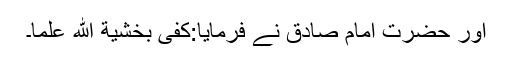
اور حضرت امام صادقؑ نے فرمایا:کفی بخشیة الله علما۔